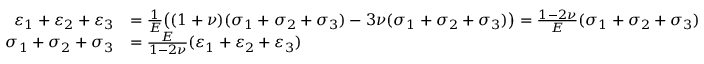
{ \begin{array} { r l } { \varepsilon _ { 1 } + \varepsilon _ { 2 } + \varepsilon _ { 3 } } & { = { \frac { 1 } { E } } { \big ( } ( 1 + \nu ) ( \sigma _ { 1 } + \sigma _ { 2 } + \sigma _ { 3 } ) - 3 \nu ( \sigma _ { 1 } + \sigma _ { 2 } + \sigma _ { 3 } ) { \big ) } = { \frac { 1 - 2 \nu } { E } } ( \sigma _ { 1 } + \sigma _ { 2 } + \sigma _ { 3 } ) } \\ { \sigma _ { 1 } + \sigma _ { 2 } + \sigma _ { 3 } } & { = { \frac { E } { 1 - 2 \nu } } ( \varepsilon _ { 1 } + \varepsilon _ { 2 } + \varepsilon _ { 3 } ) } \end{array} }